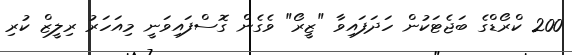
200 ކްރޯޑްގެ ބަޖެޓަކުން ހަދަފައިވާ "ޒީރޯ" ވެގެން ގޮސްފައިވަނީ މިއަހަރު ރިލީޒް ކުރި